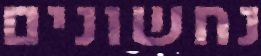
נחשונים